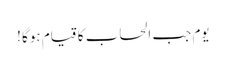
یوم جب الحساب کا قیام ہوگا !